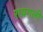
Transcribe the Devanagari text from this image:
रायगली